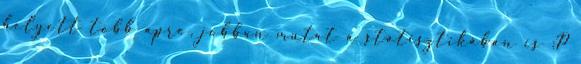
helyett több apró, jobban mutat a statisztikában is :P